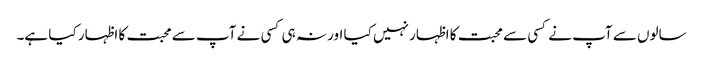
سالوں سے آپ نے کسی سے محبت کا اظہار نہیں کیا اور نہ ہی کسی نے آپ سے محبت کا اظہار کیا ہے۔